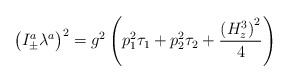
\begin{align*}\left( I_{\pm }^a\lambda ^a\right) ^2=g^2\left( p_1^2\tau_1+p_2^2\tau _2+\frac{\left( H_z^3\right) ^2}4\right)\end{align*}